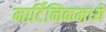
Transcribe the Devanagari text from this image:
मार्टिनिकमध्ये